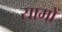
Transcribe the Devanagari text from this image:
सामों